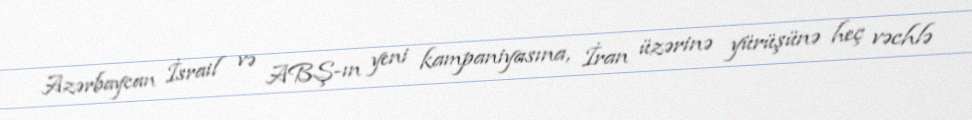
Azərbaycan İsrail və ABŞ-ın yeni kampaniyasına, İran üzərinə yürüşünə heç vəchlə